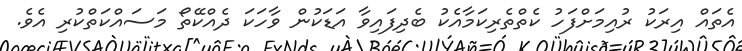
އެތައް އިރަކު ރުއިމަށްފަހު ކެތްތެރިކަމާއެކު ބެދިފައިވާ އަޑަކުން ވާހަކަ ދެއްކޭތޯ މަސައްކަތްކުރި އެވެ.